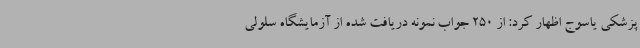
پزشکی یاسوج اظهار کرد: از 250 جواب نمونه دریافت شده از آزمایشگاه سلولی